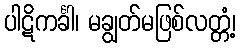
ပါဋိကင်္ခါ၊ မချွတ်မဖြစ်လတ္တံ့၊